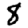
Digit: 8